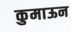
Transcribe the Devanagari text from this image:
कुमाऊन